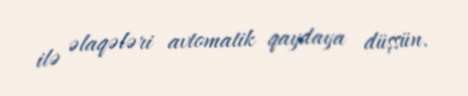
ilə əlaqələri avtomatik qaydaya düşsün.